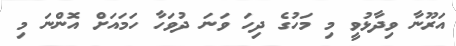
އަރޫނާ ވިދާޅުވީ މި މަހުގެ ދިހަ ވަނަ ދުވަހާ ހަމައަށް އޮންނަ މި